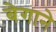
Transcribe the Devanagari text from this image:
बेगाने